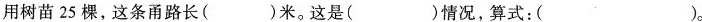
用树苗 25 棵，这条甬路长( )米。这是( )情况，算式：( )